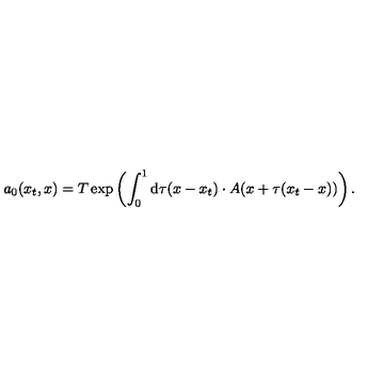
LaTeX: a _ { 0 } ( x _ { t } , x ) = T \exp \left( \int _ { 0 } ^ { 1 } \mathrm { d } \tau ( x - x _ { t } ) \cdot A ( x + \tau ( x _ { t } - x ) ) \right) .